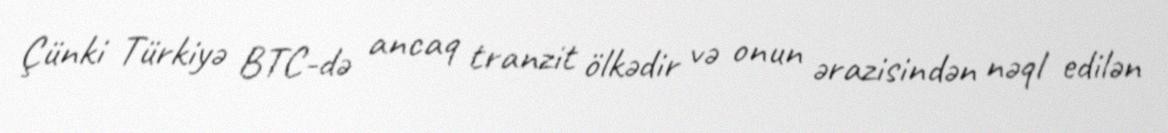
Çünki Türkiyə BTC-də ancaq tranzit ölkədir və onun ərazisindən nəql edilən